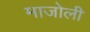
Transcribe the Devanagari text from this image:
माजोली